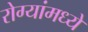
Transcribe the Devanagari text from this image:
रोग्यांमध्ये